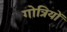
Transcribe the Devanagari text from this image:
गोत्रियों